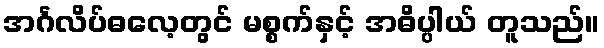
အင်္ဂလိပ်ဓလေ့တွင် မစ္စက်နှင့် အဓိပ္ပါယ် တူသည်။